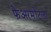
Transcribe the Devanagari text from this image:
फेअरमोंटला